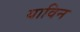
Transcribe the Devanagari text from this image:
याविन